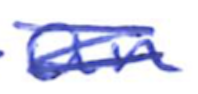
Text: an
Cross-out: scratch
Writing tool: ballpoint